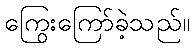
ကြွေးကြော်ခဲ့သည်။